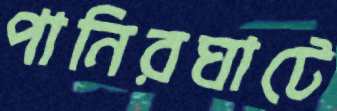
পানিরঘাটে